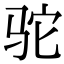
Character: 驼